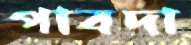
পাবদা